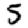
Digit: 5